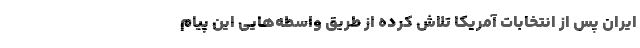
ایران پس از انتخابات آمریکا تلاش کرده از طریق واسطه‌هایی این پیام